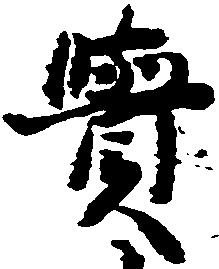
覚